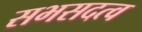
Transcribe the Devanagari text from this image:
सभसदत्व